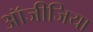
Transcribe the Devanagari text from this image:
ऑजीजिया